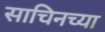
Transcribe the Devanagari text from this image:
साचिनच्या